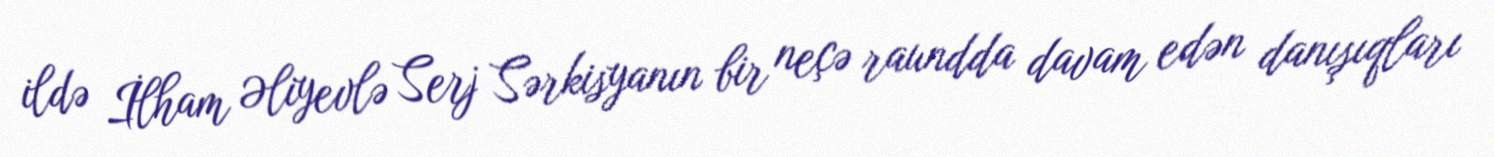
ildə İlham Əliyevlə Serj Sərkisyanın bir neçə raundda davam edən danışıqları